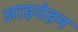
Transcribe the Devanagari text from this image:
आइयेहम